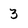
Character: 3